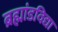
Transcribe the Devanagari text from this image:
ब्रह्मांडविद्या